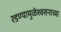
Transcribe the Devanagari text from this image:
रडण्यामुळेश्वसनाच्या